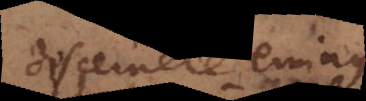
discernere eminus